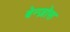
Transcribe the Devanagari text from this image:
बेन्ज़ोस